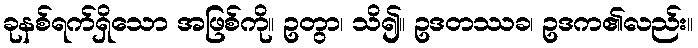
ခုနစ်ရက်ရှိသော အဖြစ်ကို။ ဥတွာ၊ သိ၍။ ဥဒတဿခ၊ ဥဒက၏လည်း။